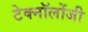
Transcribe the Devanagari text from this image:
टेक्नॉलोंजी